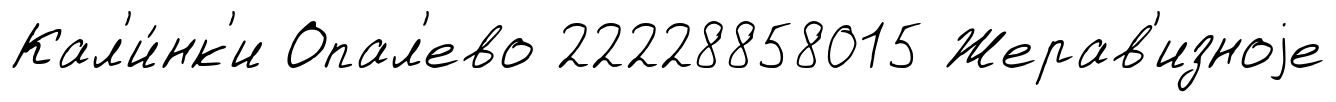
Кал'и́нк'и Опал'ево 22228858015 Жерав'изноjе